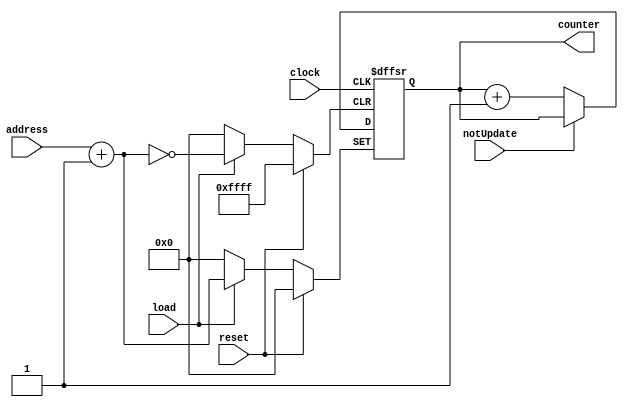
module ProgramCounter (
   input         load, reset, notUpdate, clock,
   input [15:0]  address,
   output [15:0] counter);
   
   reg [15:0]    count = 16'b0;
   
   always @ (posedge clock or posedge load or posedge reset) begin
      if (reset)
         count = 16'b0;
      else if (load)
         count = address + 16'b1;
      else if (!notUpdate)
         count = count + 16'b1;
   end
   
   assign counter = count;
endmodule